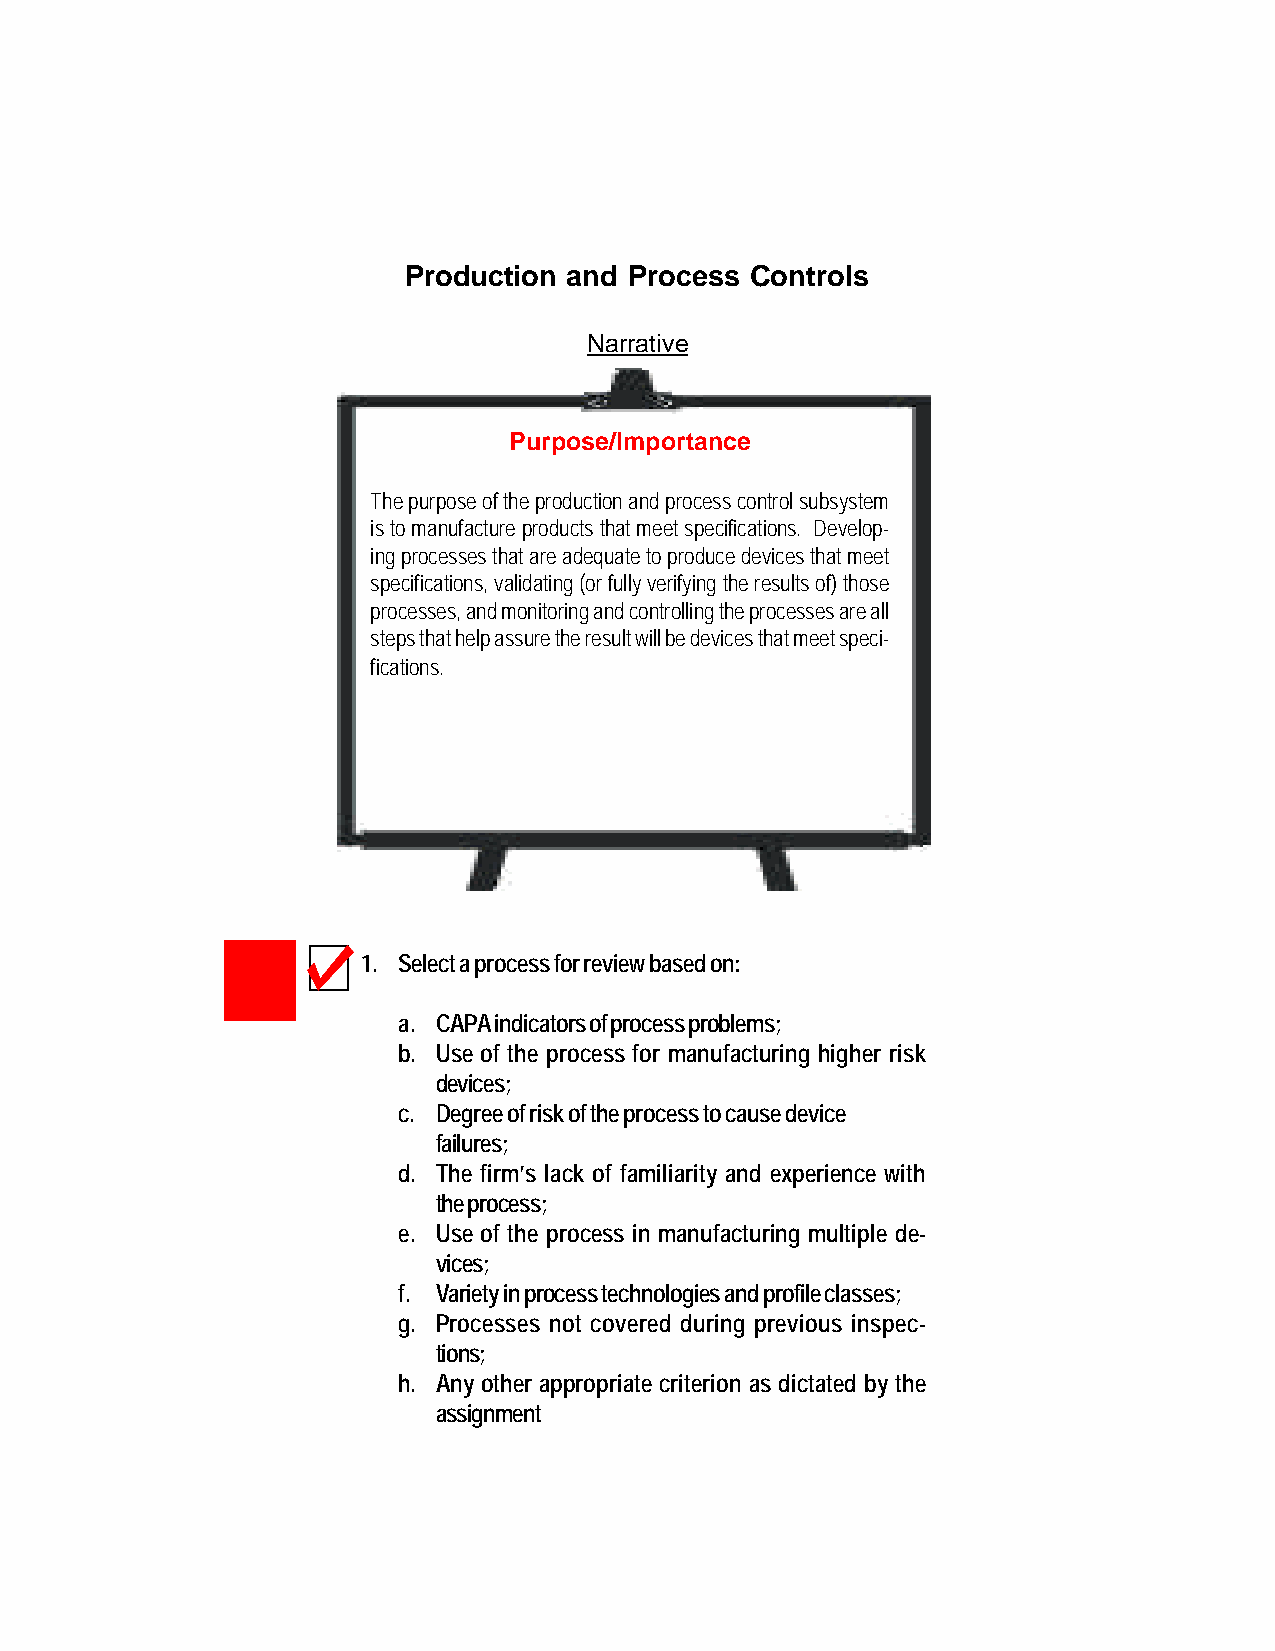
Production and Process Controls
 Narrative
 Purpose/Importance
 The purpose of the production and process control subsystem
 is to manufacture products that meet specifications. Develop-
 ing processes that are adequate to produce devices that meet
 specifications, validating (or fully verifying the results of) those
 processes, and monitoring and controlling the processes are all
 steps that help assure the result will be devices that meet speci-
 fications.
 1. Select a process for review based on:
 a. CAPA indicators of process problems;
 b. Use of the process for manufacturing higher risk
 devices;
 c. Degree of risk of the process to cause device
 failures;
 d. The firm’s lack of familiarity and experience with
 the process;
 e. Use of the process in manufacturing multiple de-
 vices;
 f. Variety in process technologies and profile classes;
 g. Processes not covered during previous inspec-
 tions;
 h. Any other appropriate criterion as dictated by the
 82
 assignment